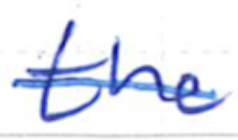
Text: the
Cross-out: single-line
Writing tool: ballpoint